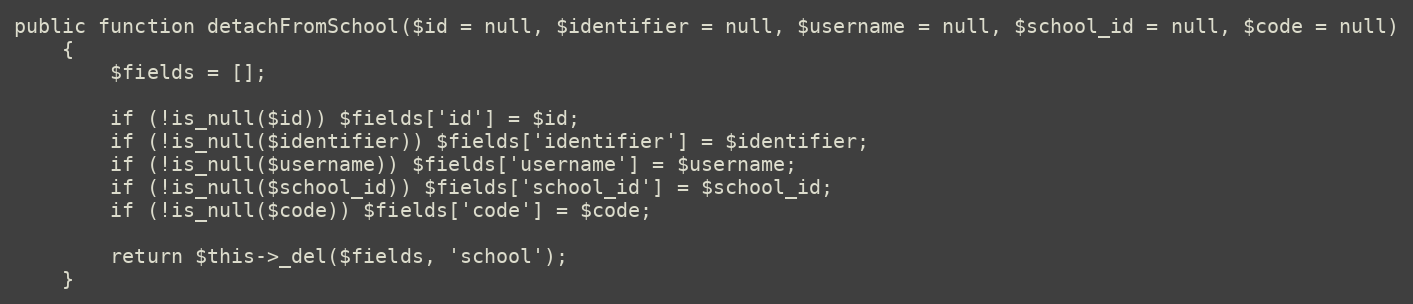
Language: PHP
public function detachFromSchool($id = null, $identifier = null, $username = null, $school_id = null, $code = null)
    {
        $fields = [];

        if (!is_null($id)) $fields['id'] = $id;
        if (!is_null($identifier)) $fields['identifier'] = $identifier;
        if (!is_null($username)) $fields['username'] = $username;
        if (!is_null($school_id)) $fields['school_id'] = $school_id;
        if (!is_null($code)) $fields['code'] = $code;

        return $this->_del($fields, 'school');
    }